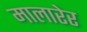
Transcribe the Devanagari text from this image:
मालारेर